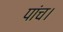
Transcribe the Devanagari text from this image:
पांच।